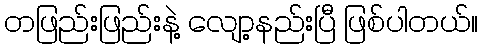
တဖြည်းဖြည်းနဲ့ လျော့နည်းပြီ ဖြစ်ပါတယ်။